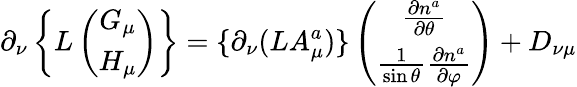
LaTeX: \partial_{\nu}\left\{ \begin{array}{c}{{L\left(\begin{array}{c}{{G_{\mu}}}\\ {{H_{\mu}}}\end{array}\right)}}\end{array}\right\} =\{ \partial_{\nu}(LA_{\mu}^{a})\} \left(\begin{array}{c}{{\frac{\partial n^{a}}{\partial\theta}}}\\ {{\frac{1}{\sin\theta}\frac{\partial n^{a}}{\partial\varphi}}}\end{array}\right)+D_{\nu\mu}